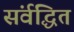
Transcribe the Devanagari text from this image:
संर्वद्धित